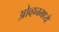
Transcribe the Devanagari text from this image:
ओव्हनमध्ये